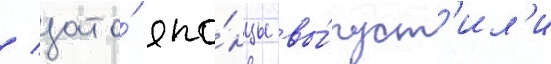
/ зато́ япо́нцы вы́пуст'ил'и